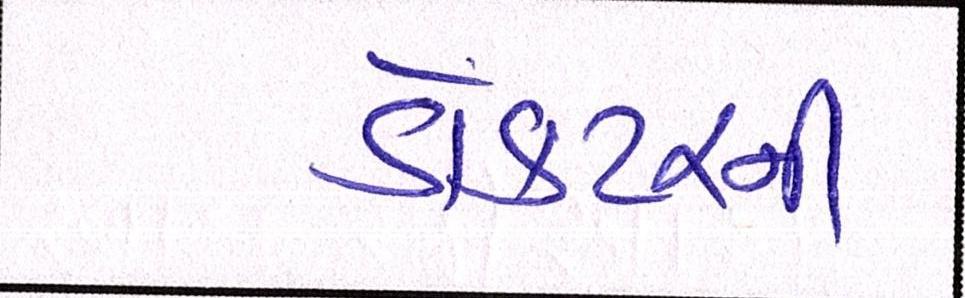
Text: ડોક્ટરની